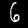
Label: 6